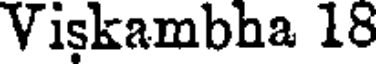
Viskambha 18